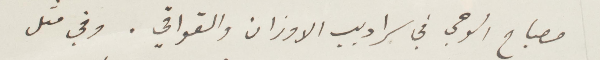
مصباح الوحي في سراديب الأوزان والقوافي. وفي مثل